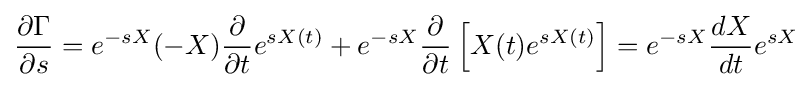
{\frac {\partial \Gamma }{\partial s}}=e^{-sX}(-X){\frac {\partial }{\partial t}}e^{sX(t)}+e^{-sX}{\frac {\partial }{\partial t}}\left[X(t)e^{sX(t)}\right]=e^{-sX}{\frac {dX}{dt}}e^{sX}